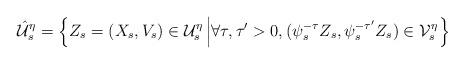
LaTeX: \begin{align*}\hat{\mathcal{U}}_s^\eta = \left\{ Z_s = (X_s,V_s) \in\mathcal{U}_s^\eta \left| \forall \tau,\tau^\prime > 0,(\psi_s^{-\tau} Z_s,\psi_s^{-\tau^\prime} Z_s) \in\mathcal{V}_s^\eta \right. \right\}\end{align*}